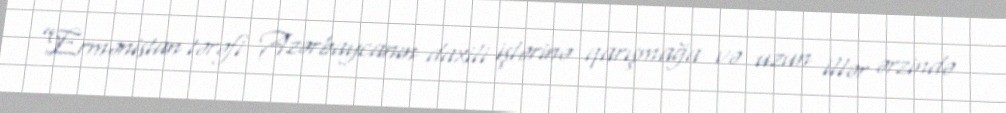
”Ermənistan tərəfi Azərbaycanın daxili işlərinə qarışmağa və uzun illər ərzində